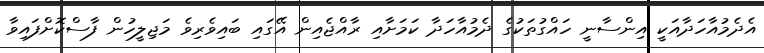
އެދެމުއާހަދާއަކީ އިންސާނީ ހައްގުތަކުގެ ދެމުއާހަދާ ކަމަށާއި ރާއްޖެއިން އޭގައި ބައިވެރިވެ މަޖިލީހުން ފާސްކޮށްފައިވާ